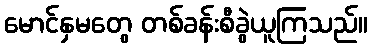
မောင်နှမတွေ တစ်ခန်းစီခွဲယူကြသည်။